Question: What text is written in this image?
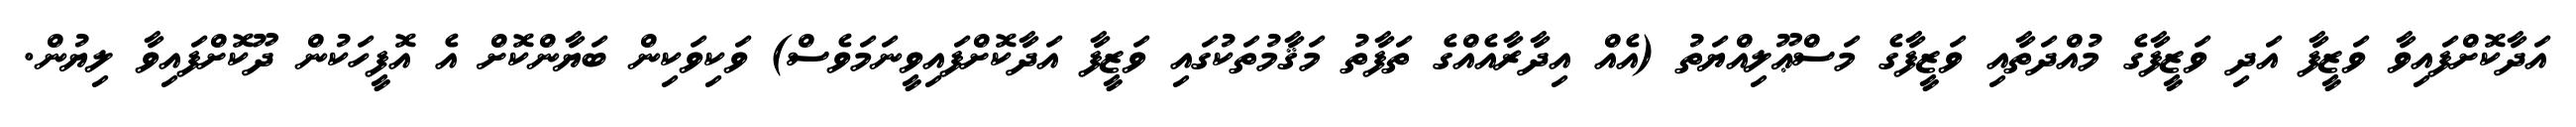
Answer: އަދާކޮށްފައިވާ ވަޒީފާ އަދި ވަޒީފާގެ މުއްދަތާއި ވަޒީފާގެ މަސްޢޫލިއްޔަތު (އެއް އިދާރާއެއްގެ ތަފާތު މަޤާމުތަކުގައި ވަޒީފާ އަދާކޮށްފައިވީނަމަވެސް) ވަކިވަކިން ބަޔާންކޮށް އެ އޮފީހަކުން ދޫކޮށްފައިވާ ލިޔުން.